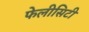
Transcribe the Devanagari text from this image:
फेलीसिटी